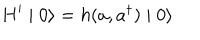
H ^ { \prime } \mid 0 \rangle = h ( a , a ^ { \dagger } ) \mid 0 \rangle